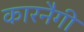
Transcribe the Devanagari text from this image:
कारनैगी